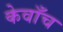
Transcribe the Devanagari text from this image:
केवाँच